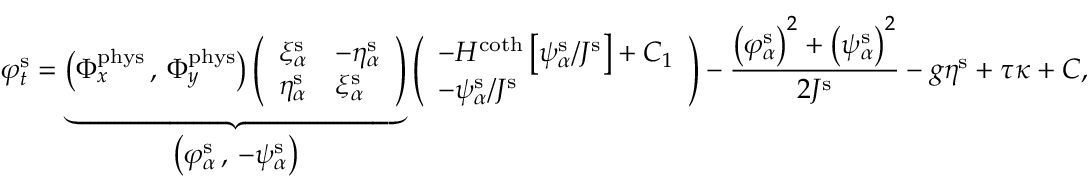
\varphi _ { t } ^ { \mathrm { s } } = \underbrace { \big ( \Phi _ { x } ^ { \mathrm { p h y s } } \, , \, \Phi _ { y } ^ { \mathrm { p h y s } } \big ) \left( \begin{array} { l l } { \xi _ { \alpha } ^ { \mathrm { s } } } & { - \eta _ { \alpha } ^ { \mathrm { s } } } \\ { \eta _ { \alpha } ^ { \mathrm { s } } } & { \xi _ { \alpha } ^ { \mathrm { s } } } \end{array} \right) } _ { \displaystyle \big ( \varphi _ { \alpha } ^ { \mathrm { s } } \, , \, - \psi _ { \alpha } ^ { \mathrm { s } } \big ) } \left( \begin{array} { l } { - H ^ { \coth } \left[ \psi _ { \alpha } ^ { \mathrm { s } } / J ^ { \mathrm { s } } \right] + C _ { 1 } } \\ { - \psi _ { \alpha } ^ { \mathrm { s } } / J ^ { \mathrm { s } } } \end{array} \right) - \frac { \big ( \varphi _ { \alpha } ^ { \mathrm { s } } \big ) ^ { 2 } + \big ( \psi _ { \alpha } ^ { \mathrm { s } } \big ) ^ { 2 } } { 2 J ^ { \mathrm { s } } } - g \eta ^ { \mathrm { s } } + \tau \kappa + C ,